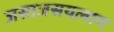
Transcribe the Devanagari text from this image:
जसाजसयलाग